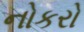
નોકરો